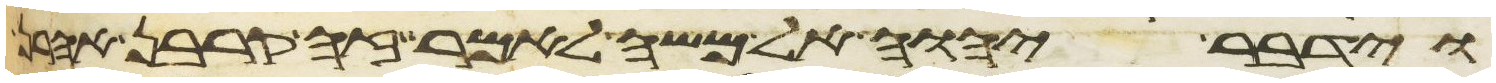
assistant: וידבר יהוה אל משה לאמר זה קרבן אהרן